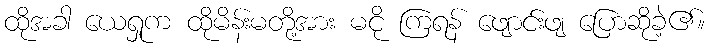
ထိုအခါ ယေရှုက ထိုမိန်းမတို့အား မငို ကြရန် ဖျောင်းဖျ ပြောဆိုခဲ့၏။